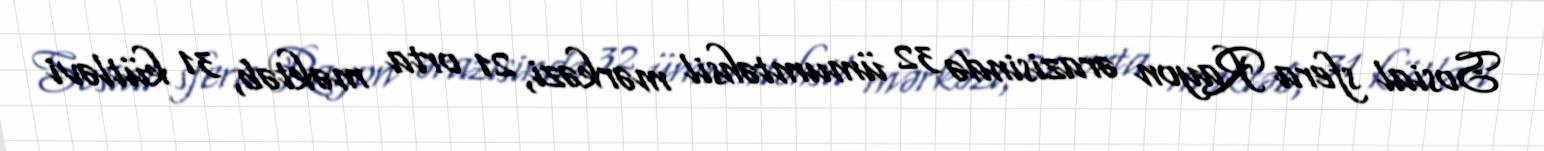
Sosial sfera Rayon ərazisində 32 ümumtəhsil mərkəzi, 21 orta məktəb, 31 kütləvi